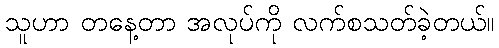
သူဟာ တနေ့တာ အလုပ်ကို လက်စသတ်ခဲ့တယ်။